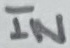
Text: IN